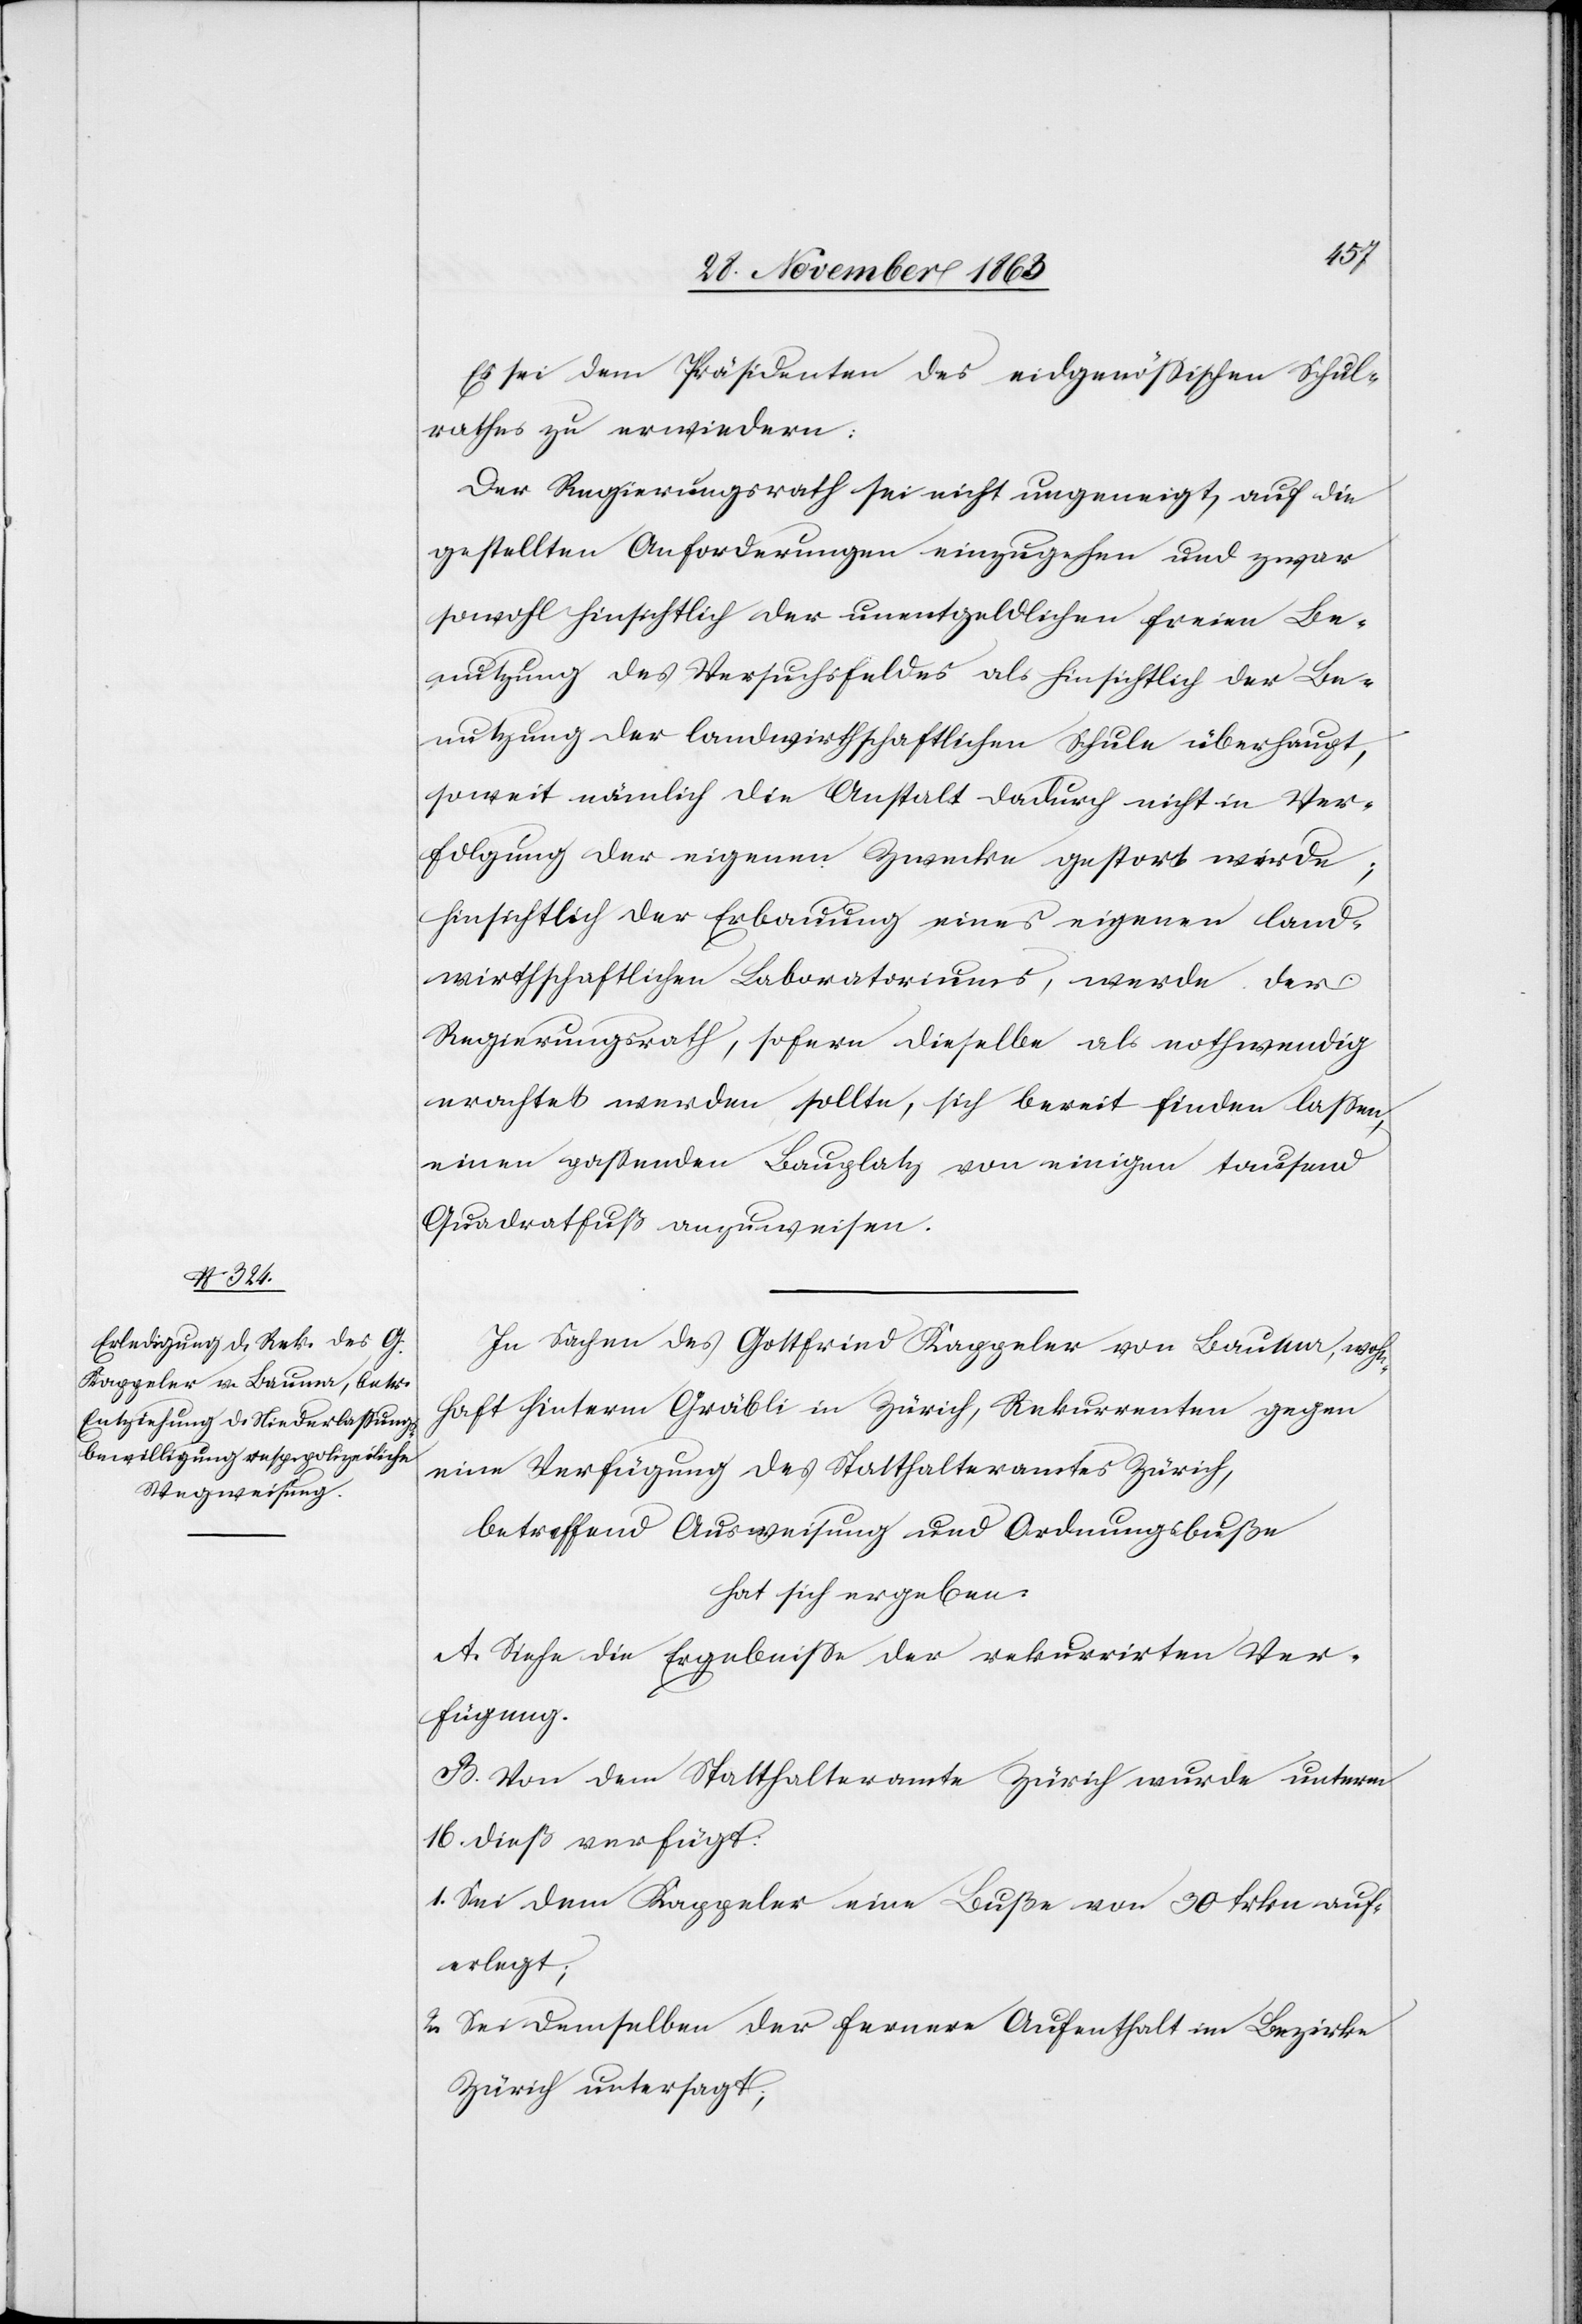
Es sei dem Präsidenten des eidgenössischen Schul¬
rathes zu erwiedern:
Der Regierungsrath sei nicht ungeneigt, auf die
gestellten Anforderungen einzugehen und zwar
sowohl hinsichtlich der unentgeldlichen freien Be¬
nutzung des Versuchsfeldes als hinsichtlich der Be¬
nutzung der landwirthschaftlichen Schule überhaupt,
soweit nämlich die Anstalt dadurch nicht in Ver¬
folgung der eigenen Zwecke gestort [sic!]
hinsichtlich der Erbauung eines eigenen land¬
wirthschaftlichen Laboratoriums, werde der
Regierungsrath, sofern dieselbe als nothwendig
erachtet werden sollte, sich bereit finden lassen,
einen passenden Bauplatz von einigen tausend
Quadratfuß anzuweisen.
In Sachen des Gottfried Kappeler von Bauma, wohn¬
haft hinterm Gräbli in Zürich, Rekurrenten gegen
eine Verfügung des Statthalteramtes Zürich,
betreffend Ausweisung und Ordnungsbuße
hat sich ergeben:
A. Siehe die Ergebnisse der rekurrirten Ver¬
fügung.
B. Von dem Statthalteramte Zürich wurde unterm
16. dieß verfügt:
1. Sei dem Kappeler eine Buße von 30 frkn auf¬
erlegt;
2. Sei demselben der fernere Aufenthalt im Bezirke
Zürich untersagt;